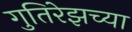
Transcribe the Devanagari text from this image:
गुतिरेझच्या